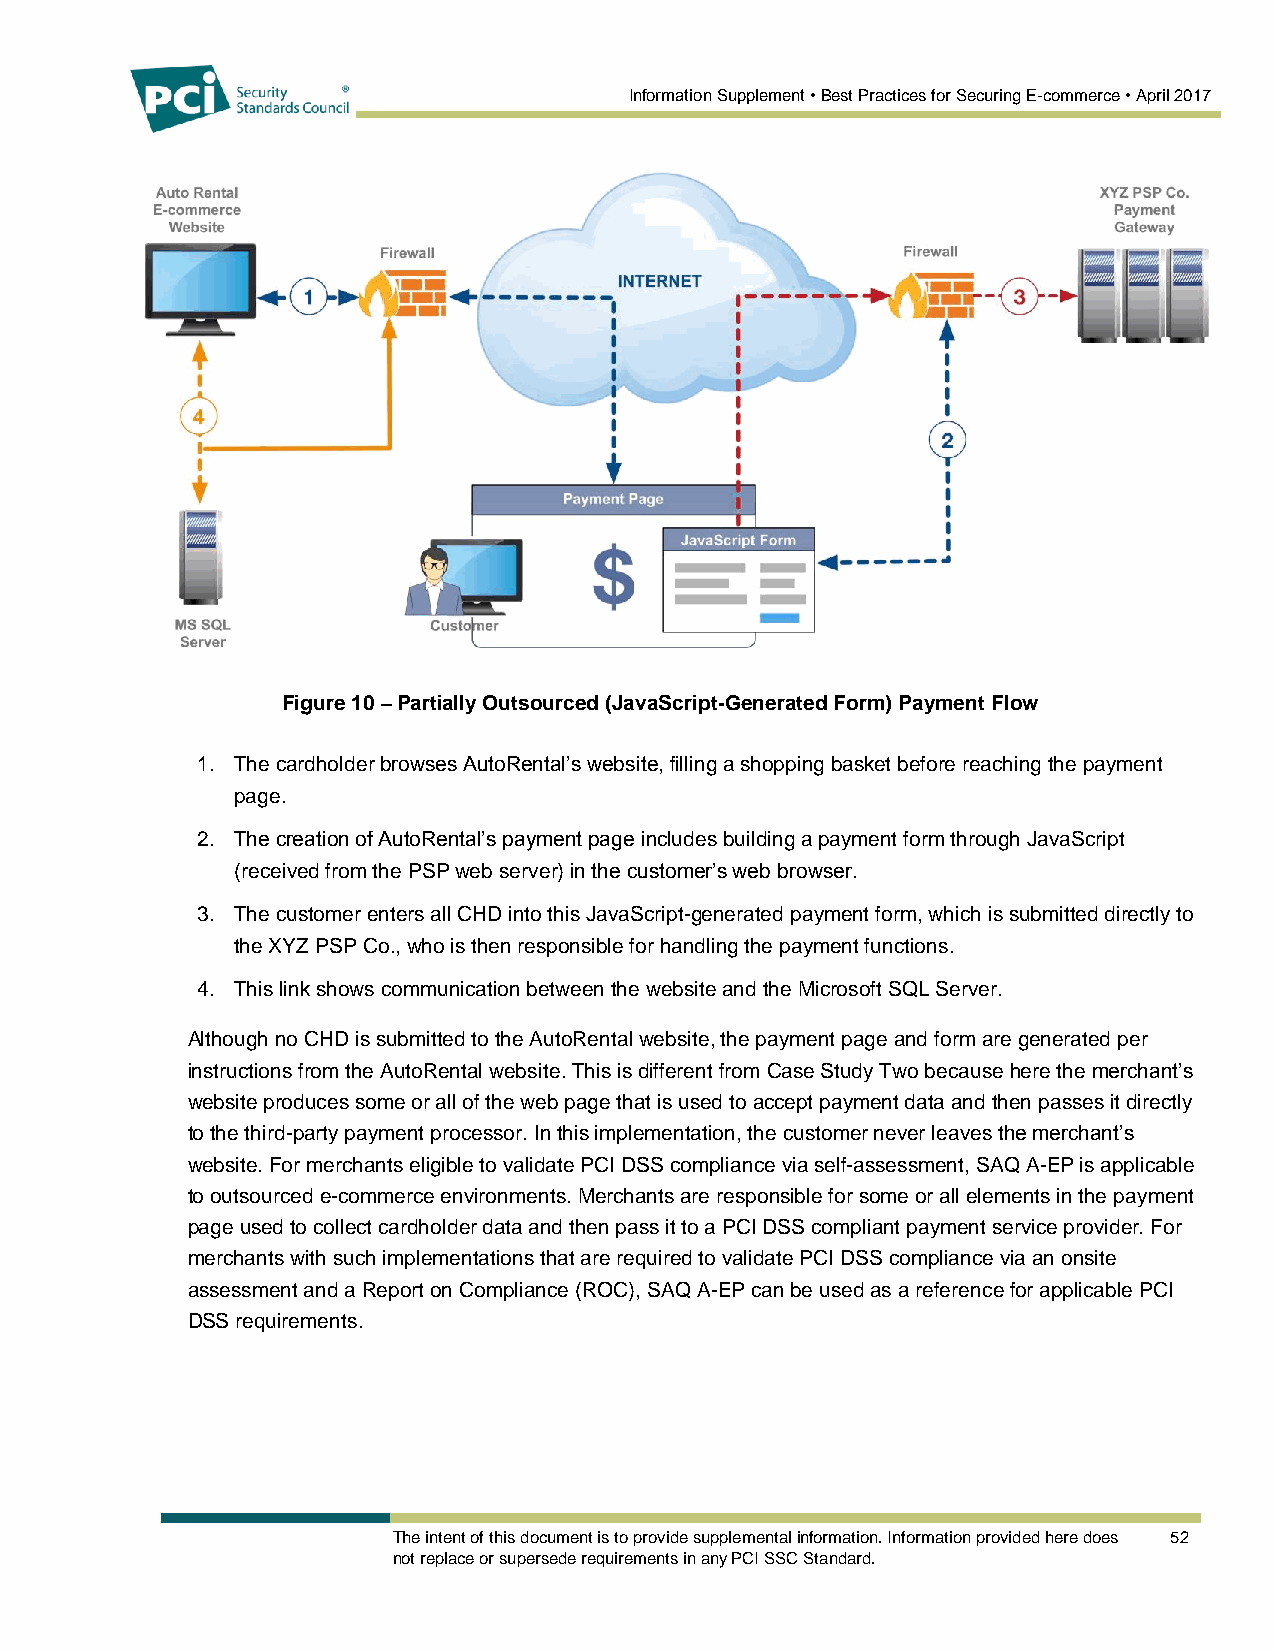
Information Supplement • Best Practices for Securing E-commerce • April 2017
 Figure 10 – Partially Outsourced (JavaScript-Generated Form) Payment Flow
 1. The cardholder browses AutoRental’s website, filling a shopping basket before reaching the payment
 page.
 2. The creation of AutoRental’s payment page includes building a payment form through JavaScript
 (received from the PSP web server) in the customer’s web browser.
 3. The customer enters all CHD into this JavaScript-generated payment form, which is submitted directly to
 the XYZ PSP Co., who is then responsible for handling the payment functions.
 4. This link shows communication between the website and the Microsoft SQL Server.
 Although no CHD is submitted to the AutoRental website, the payment page and form are generated per
 instructions from the AutoRental website. This is different from Case Study Two because here the merchant’s
 website produces some or all of the web page that is used to accept payment data and then passes it directly
 to the third-party payment processor. In this implementation, the customer never leaves the merchant’s
 website. For merchants eligible to validate PCI DSS compliance via self-assessment, SAQ A-EP is applicable
 to outsourced e-commerce environments. Merchants are responsible for some or all elements in the payment
 page used to collect cardholder data and then pass it to a PCI DSS compliant payment service provider. For
 merchants with such implementations that are required to validate PCI DSS compliance via an onsite
 assessment and a Report on Compliance (ROC), SAQ A-EP can be used as a reference for applicable PCI
 DSS requirements.
 The intent of this document is to provide supplemental information. Information provided here does 52
 not replace or supersede requirements in any PCI SSC Standard.